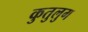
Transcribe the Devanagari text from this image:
कुतुलुग